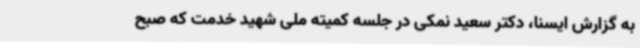
به گزارش ایسنا، دکتر سعید نمکی در جلسه کمیته ملی شهید خدمت که صبح